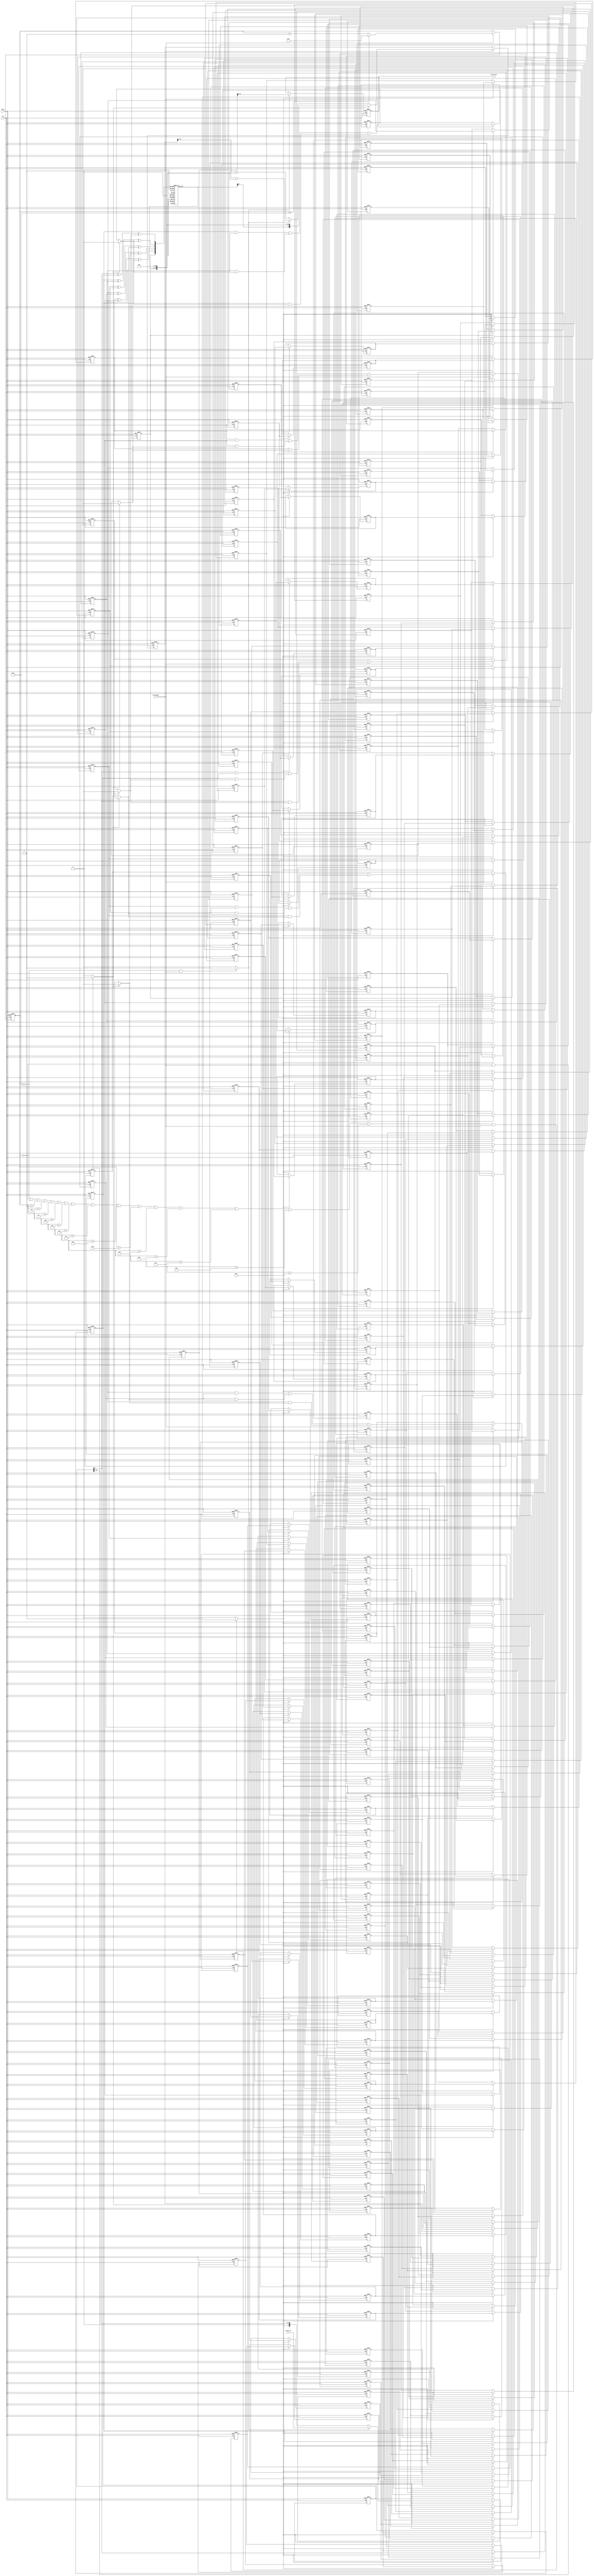
// -------------------------------------------------------------
//
// Module: o10
// Generated by MATLAB(R) 9.13 and Filter Design HDL Coder 3.1.12.
// Generated on: 2023-05-12 11:59:39
// -------------------------------------------------------------

// -------------------------------------------------------------
// HDL Code Generation Options:
//
// FIRAdderStyle: tree
// TargetDirectory: order10
// Name: o10
// DALUTPartition: 6
// TargetLanguage: Verilog
// TestBenchName: o10_tb
// TestBenchStimulus: impulse step ramp chirp noise 

// Filter Specifications:
//
// Sample Rate     : 200 kHz
// Response        : Lowpass
// Specification   : N,Fp,Fst,Ap
// Filter Order    : 10
// Passband Edge   : 50 kHz
// Stopband Edge   : 100 kHz
// Passband Ripple : 0.01 dB
// -------------------------------------------------------------

// -------------------------------------------------------------
// HDL Implementation    : Distributed arithmetic (DA)
// Folding Factor        : 17
// LUT Address Width     : 6
// Total LUT Size (bits) : 1088
// -------------------------------------------------------------
// Filter Settings:
//
// Discrete-Time FIR Filter (real)
// -------------------------------
// Filter Structure  : Direct-Form Symmetric FIR
// Filter Length     : 11
// Stable            : Yes
// Linear Phase      : Yes (Type 1)
// Arithmetic        : fixed
// Numerator         : s16,15 -> [-1 1)
// Input             : s16,15 -> [-1 1)
// Filter Internals  : Full Precision
//   Output          : s32,30 -> [-2 2)  (auto determined)
//   Tap Sum         : s17,15 -> [-2 2)  (auto determined)
//   Product         : s32,30 -> [-2 2)  (auto determined)
//   Accumulator     : s32,30 -> [-2 2)  (auto determined)
//   Round Mode      : No rounding
//   Overflow Mode   : No overflow
// -------------------------------------------------------------




`timescale 1 ns / 1 ns

module o10
               (
                clk,
                clk_enable,
                reset,
                filter_in,
                filter_out
                );

  input   clk; 
  input   clk_enable; 
  input   reset; 
  input   signed [15:0] filter_in; //sfix16_En15
  output  signed [31:0] filter_out; //sfix32_En30

////////////////////////////////////////////////////////////////
//Module Architecture: o10
////////////////////////////////////////////////////////////////
  // Local Functions
  // Type Definitions
  // Constants
  parameter signed [15:0] coeff1 = 16'b0000000010011100; //sfix16_En15
  parameter signed [15:0] coeff2 = 16'b1111110011110101; //sfix16_En15
  parameter signed [15:0] coeff3 = 16'b0000100001100000; //sfix16_En15
  parameter signed [15:0] coeff4 = 16'b1111000000000100; //sfix16_En15
  parameter signed [15:0] coeff5 = 16'b0001011100000111; //sfix16_En15
  parameter signed [15:0] coeff6 = 16'b0110011000010101; //sfix16_En15

  parameter const_zero = 1'b0; //ufix1
  // Signals
  wire signed [15:0] filter_in_cast; // sfix16_En15
  reg  [4:0] cur_count; // ufix5
  wire phase_16; // boolean
  wire phase_0; // boolean
  wire phase_16_1; // boolean
  wire serialoutb1; // ufix1
  reg  signed [15:0] shiftreg; // sfix16_En15
  reg  delay_pipeline [0:159] ; // boolean
  wire delayline_b15; // ufix1
  wire delayline_b31; // ufix1
  wire delayline_b47; // ufix1
  wire delayline_b63; // ufix1
  wire delayline_b79; // ufix1
  wire delayline_b95; // ufix1
  wire delayline_b111; // ufix1
  wire delayline_b127; // ufix1
  wire delayline_b143; // ufix1
  wire delayline_b159; // ufix1
  wire preaddbit1; // ufix1
  wire addcarry1; // ufix1
  wire carrymux1; // ufix1
  reg  carryreg1; // ufix1
  wire temp1; // ufix1
  wire temp2; // ufix1
  wire temp3; // ufix1
  wire preaddbit2; // ufix1
  wire addcarry2; // ufix1
  wire carrymux2; // ufix1
  reg  carryreg2; // ufix1
  wire temp1_1; // ufix1
  wire temp2_1; // ufix1
  wire temp3_1; // ufix1
  wire preaddbit3; // ufix1
  wire addcarry3; // ufix1
  wire carrymux3; // ufix1
  reg  carryreg3; // ufix1
  wire temp1_2; // ufix1
  wire temp2_2; // ufix1
  wire temp3_2; // ufix1
  wire preaddbit4; // ufix1
  wire addcarry4; // ufix1
  wire carrymux4; // ufix1
  reg  carryreg4; // ufix1
  wire temp1_3; // ufix1
  wire temp2_3; // ufix1
  wire temp3_3; // ufix1
  wire preaddbit5; // ufix1
  wire addcarry5; // ufix1
  wire carrymux5; // ufix1
  reg  carryreg5; // ufix1
  wire temp1_4; // ufix1
  wire temp2_4; // ufix1
  wire temp3_4; // ufix1
  wire [5:0] mem_addr; // ufix6
  reg  signed [16:0] memoutb1; // sfix17_En15
  reg  signed [33:0] acc_out; // sfix34_En31
  wire signed [33:0] memoutb1_cast; // sfix34_En31
  wire signed [33:0] add_sub_out; // sfix34_En31
  wire signed [33:0] acc_out_shft; // sfix34_En31
  wire signed [33:0] acc_in; // sfix34_En31
  wire signed [33:0] addsub_add; // sfix34_En31
  wire signed [33:0] addsub_sub; // sfix34_En31
  wire signed [33:0] add_signext; // sfix34_En31
  wire signed [33:0] add_signext_1; // sfix34_En31
  wire signed [34:0] add_temp; // sfix35_En31
  wire signed [33:0] sub_signext; // sfix34_En31
  wire signed [33:0] sub_signext_1; // sfix34_En31
  wire signed [34:0] sub_temp; // sfix35_En31
  reg  signed [33:0] final_acc_out; // sfix34_En31
  wire signed [33:0] output_da; // sfix34_En30
  wire signed [31:0] output_typeconvert; // sfix32_En30
  reg  signed [31:0] output_register; // sfix32_En30

  // Block Statements
  assign filter_in_cast = filter_in;

  always @ (posedge clk or posedge reset)
    begin: Counter_process
      if (reset == 1'b1) begin
        cur_count <= 5'b10000;
      end
      else begin
        if (clk_enable == 1'b1) begin
          if (cur_count >= 5'b10000) begin
            cur_count <= 5'b00000;
          end
          else begin
            cur_count <= cur_count + 5'b00001;
          end
        end
      end
    end // Counter_process

  assign  phase_16 = (cur_count == 5'b10000 && clk_enable == 1'b1) ? 1'b1 : 1'b0;

  assign  phase_0 = (cur_count == 5'b00000 && clk_enable == 1'b1) ? 1'b1 : 1'b0;

  assign phase_16_1 = (((cur_count == 5'b10000) ||
                        (cur_count == 5'b00000)  ||
                        (cur_count == 5'b00001)  ||
                        (cur_count == 5'b00010)  ||
                        (cur_count == 5'b00011)  ||
                        (cur_count == 5'b00100)  ||
                        (cur_count == 5'b00101)  ||
                        (cur_count == 5'b00110)  ||
                        (cur_count == 5'b00111)  ||
                        (cur_count == 5'b01000)  ||
                        (cur_count == 5'b01001)  ||
                        (cur_count == 5'b01010)  ||
                        (cur_count == 5'b01011)  ||
                        (cur_count == 5'b01100)  ||
                        (cur_count == 5'b01101)  ||
                        (cur_count == 5'b01110)) && clk_enable == 1'b1) ? 1'b1 : 1'b0;

  always @ (posedge clk or posedge reset)
    begin: Serializer_1_process
      if (reset == 1'b1) begin
        shiftreg <= 16'b0000000000000000;
      end
      else begin
        if (phase_16_1 == 1'b1) begin
          if (phase_16 == 1'b1) begin
            shiftreg <= filter_in_cast;
          end
          else begin
            shiftreg <= {1'b0, shiftreg[15 : 1]};
          end
        end
      end 
    end // Serializer_1_process;

  assign   serialoutb1=shiftreg[0];
 
  always @( posedge clk or posedge reset)
    begin: Delay_Pipeline_1_process
      if (reset == 1'b1) begin
        delay_pipeline[0] <= 1'b0;
        delay_pipeline[1] <= 1'b0;
        delay_pipeline[2] <= 1'b0;
        delay_pipeline[3] <= 1'b0;
        delay_pipeline[4] <= 1'b0;
        delay_pipeline[5] <= 1'b0;
        delay_pipeline[6] <= 1'b0;
        delay_pipeline[7] <= 1'b0;
        delay_pipeline[8] <= 1'b0;
        delay_pipeline[9] <= 1'b0;
        delay_pipeline[10] <= 1'b0;
        delay_pipeline[11] <= 1'b0;
        delay_pipeline[12] <= 1'b0;
        delay_pipeline[13] <= 1'b0;
        delay_pipeline[14] <= 1'b0;
        delay_pipeline[15] <= 1'b0;
        delay_pipeline[16] <= 1'b0;
        delay_pipeline[17] <= 1'b0;
        delay_pipeline[18] <= 1'b0;
        delay_pipeline[19] <= 1'b0;
        delay_pipeline[20] <= 1'b0;
        delay_pipeline[21] <= 1'b0;
        delay_pipeline[22] <= 1'b0;
        delay_pipeline[23] <= 1'b0;
        delay_pipeline[24] <= 1'b0;
        delay_pipeline[25] <= 1'b0;
        delay_pipeline[26] <= 1'b0;
        delay_pipeline[27] <= 1'b0;
        delay_pipeline[28] <= 1'b0;
        delay_pipeline[29] <= 1'b0;
        delay_pipeline[30] <= 1'b0;
        delay_pipeline[31] <= 1'b0;
        delay_pipeline[32] <= 1'b0;
        delay_pipeline[33] <= 1'b0;
        delay_pipeline[34] <= 1'b0;
        delay_pipeline[35] <= 1'b0;
        delay_pipeline[36] <= 1'b0;
        delay_pipeline[37] <= 1'b0;
        delay_pipeline[38] <= 1'b0;
        delay_pipeline[39] <= 1'b0;
        delay_pipeline[40] <= 1'b0;
        delay_pipeline[41] <= 1'b0;
        delay_pipeline[42] <= 1'b0;
        delay_pipeline[43] <= 1'b0;
        delay_pipeline[44] <= 1'b0;
        delay_pipeline[45] <= 1'b0;
        delay_pipeline[46] <= 1'b0;
        delay_pipeline[47] <= 1'b0;
        delay_pipeline[48] <= 1'b0;
        delay_pipeline[49] <= 1'b0;
        delay_pipeline[50] <= 1'b0;
        delay_pipeline[51] <= 1'b0;
        delay_pipeline[52] <= 1'b0;
        delay_pipeline[53] <= 1'b0;
        delay_pipeline[54] <= 1'b0;
        delay_pipeline[55] <= 1'b0;
        delay_pipeline[56] <= 1'b0;
        delay_pipeline[57] <= 1'b0;
        delay_pipeline[58] <= 1'b0;
        delay_pipeline[59] <= 1'b0;
        delay_pipeline[60] <= 1'b0;
        delay_pipeline[61] <= 1'b0;
        delay_pipeline[62] <= 1'b0;
        delay_pipeline[63] <= 1'b0;
        delay_pipeline[64] <= 1'b0;
        delay_pipeline[65] <= 1'b0;
        delay_pipeline[66] <= 1'b0;
        delay_pipeline[67] <= 1'b0;
        delay_pipeline[68] <= 1'b0;
        delay_pipeline[69] <= 1'b0;
        delay_pipeline[70] <= 1'b0;
        delay_pipeline[71] <= 1'b0;
        delay_pipeline[72] <= 1'b0;
        delay_pipeline[73] <= 1'b0;
        delay_pipeline[74] <= 1'b0;
        delay_pipeline[75] <= 1'b0;
        delay_pipeline[76] <= 1'b0;
        delay_pipeline[77] <= 1'b0;
        delay_pipeline[78] <= 1'b0;
        delay_pipeline[79] <= 1'b0;
        delay_pipeline[80] <= 1'b0;
        delay_pipeline[81] <= 1'b0;
        delay_pipeline[82] <= 1'b0;
        delay_pipeline[83] <= 1'b0;
        delay_pipeline[84] <= 1'b0;
        delay_pipeline[85] <= 1'b0;
        delay_pipeline[86] <= 1'b0;
        delay_pipeline[87] <= 1'b0;
        delay_pipeline[88] <= 1'b0;
        delay_pipeline[89] <= 1'b0;
        delay_pipeline[90] <= 1'b0;
        delay_pipeline[91] <= 1'b0;
        delay_pipeline[92] <= 1'b0;
        delay_pipeline[93] <= 1'b0;
        delay_pipeline[94] <= 1'b0;
        delay_pipeline[95] <= 1'b0;
        delay_pipeline[96] <= 1'b0;
        delay_pipeline[97] <= 1'b0;
        delay_pipeline[98] <= 1'b0;
        delay_pipeline[99] <= 1'b0;
        delay_pipeline[100] <= 1'b0;
        delay_pipeline[101] <= 1'b0;
        delay_pipeline[102] <= 1'b0;
        delay_pipeline[103] <= 1'b0;
        delay_pipeline[104] <= 1'b0;
        delay_pipeline[105] <= 1'b0;
        delay_pipeline[106] <= 1'b0;
        delay_pipeline[107] <= 1'b0;
        delay_pipeline[108] <= 1'b0;
        delay_pipeline[109] <= 1'b0;
        delay_pipeline[110] <= 1'b0;
        delay_pipeline[111] <= 1'b0;
        delay_pipeline[112] <= 1'b0;
        delay_pipeline[113] <= 1'b0;
        delay_pipeline[114] <= 1'b0;
        delay_pipeline[115] <= 1'b0;
        delay_pipeline[116] <= 1'b0;
        delay_pipeline[117] <= 1'b0;
        delay_pipeline[118] <= 1'b0;
        delay_pipeline[119] <= 1'b0;
        delay_pipeline[120] <= 1'b0;
        delay_pipeline[121] <= 1'b0;
        delay_pipeline[122] <= 1'b0;
        delay_pipeline[123] <= 1'b0;
        delay_pipeline[124] <= 1'b0;
        delay_pipeline[125] <= 1'b0;
        delay_pipeline[126] <= 1'b0;
        delay_pipeline[127] <= 1'b0;
        delay_pipeline[128] <= 1'b0;
        delay_pipeline[129] <= 1'b0;
        delay_pipeline[130] <= 1'b0;
        delay_pipeline[131] <= 1'b0;
        delay_pipeline[132] <= 1'b0;
        delay_pipeline[133] <= 1'b0;
        delay_pipeline[134] <= 1'b0;
        delay_pipeline[135] <= 1'b0;
        delay_pipeline[136] <= 1'b0;
        delay_pipeline[137] <= 1'b0;
        delay_pipeline[138] <= 1'b0;
        delay_pipeline[139] <= 1'b0;
        delay_pipeline[140] <= 1'b0;
        delay_pipeline[141] <= 1'b0;
        delay_pipeline[142] <= 1'b0;
        delay_pipeline[143] <= 1'b0;
        delay_pipeline[144] <= 1'b0;
        delay_pipeline[145] <= 1'b0;
        delay_pipeline[146] <= 1'b0;
        delay_pipeline[147] <= 1'b0;
        delay_pipeline[148] <= 1'b0;
        delay_pipeline[149] <= 1'b0;
        delay_pipeline[150] <= 1'b0;
        delay_pipeline[151] <= 1'b0;
        delay_pipeline[152] <= 1'b0;
        delay_pipeline[153] <= 1'b0;
        delay_pipeline[154] <= 1'b0;
        delay_pipeline[155] <= 1'b0;
        delay_pipeline[156] <= 1'b0;
        delay_pipeline[157] <= 1'b0;
        delay_pipeline[158] <= 1'b0;
        delay_pipeline[159] <= 1'b0;
      end
      else begin
        if (phase_16_1 == 1'b1) begin
          delay_pipeline[0] <= serialoutb1;
          delay_pipeline[1] <= delay_pipeline[0];
          delay_pipeline[2] <= delay_pipeline[1];
          delay_pipeline[3] <= delay_pipeline[2];
          delay_pipeline[4] <= delay_pipeline[3];
          delay_pipeline[5] <= delay_pipeline[4];
          delay_pipeline[6] <= delay_pipeline[5];
          delay_pipeline[7] <= delay_pipeline[6];
          delay_pipeline[8] <= delay_pipeline[7];
          delay_pipeline[9] <= delay_pipeline[8];
          delay_pipeline[10] <= delay_pipeline[9];
          delay_pipeline[11] <= delay_pipeline[10];
          delay_pipeline[12] <= delay_pipeline[11];
          delay_pipeline[13] <= delay_pipeline[12];
          delay_pipeline[14] <= delay_pipeline[13];
          delay_pipeline[15] <= delay_pipeline[14];
          delay_pipeline[16] <= delay_pipeline[15];
          delay_pipeline[17] <= delay_pipeline[16];
          delay_pipeline[18] <= delay_pipeline[17];
          delay_pipeline[19] <= delay_pipeline[18];
          delay_pipeline[20] <= delay_pipeline[19];
          delay_pipeline[21] <= delay_pipeline[20];
          delay_pipeline[22] <= delay_pipeline[21];
          delay_pipeline[23] <= delay_pipeline[22];
          delay_pipeline[24] <= delay_pipeline[23];
          delay_pipeline[25] <= delay_pipeline[24];
          delay_pipeline[26] <= delay_pipeline[25];
          delay_pipeline[27] <= delay_pipeline[26];
          delay_pipeline[28] <= delay_pipeline[27];
          delay_pipeline[29] <= delay_pipeline[28];
          delay_pipeline[30] <= delay_pipeline[29];
          delay_pipeline[31] <= delay_pipeline[30];
          delay_pipeline[32] <= delay_pipeline[31];
          delay_pipeline[33] <= delay_pipeline[32];
          delay_pipeline[34] <= delay_pipeline[33];
          delay_pipeline[35] <= delay_pipeline[34];
          delay_pipeline[36] <= delay_pipeline[35];
          delay_pipeline[37] <= delay_pipeline[36];
          delay_pipeline[38] <= delay_pipeline[37];
          delay_pipeline[39] <= delay_pipeline[38];
          delay_pipeline[40] <= delay_pipeline[39];
          delay_pipeline[41] <= delay_pipeline[40];
          delay_pipeline[42] <= delay_pipeline[41];
          delay_pipeline[43] <= delay_pipeline[42];
          delay_pipeline[44] <= delay_pipeline[43];
          delay_pipeline[45] <= delay_pipeline[44];
          delay_pipeline[46] <= delay_pipeline[45];
          delay_pipeline[47] <= delay_pipeline[46];
          delay_pipeline[48] <= delay_pipeline[47];
          delay_pipeline[49] <= delay_pipeline[48];
          delay_pipeline[50] <= delay_pipeline[49];
          delay_pipeline[51] <= delay_pipeline[50];
          delay_pipeline[52] <= delay_pipeline[51];
          delay_pipeline[53] <= delay_pipeline[52];
          delay_pipeline[54] <= delay_pipeline[53];
          delay_pipeline[55] <= delay_pipeline[54];
          delay_pipeline[56] <= delay_pipeline[55];
          delay_pipeline[57] <= delay_pipeline[56];
          delay_pipeline[58] <= delay_pipeline[57];
          delay_pipeline[59] <= delay_pipeline[58];
          delay_pipeline[60] <= delay_pipeline[59];
          delay_pipeline[61] <= delay_pipeline[60];
          delay_pipeline[62] <= delay_pipeline[61];
          delay_pipeline[63] <= delay_pipeline[62];
          delay_pipeline[64] <= delay_pipeline[63];
          delay_pipeline[65] <= delay_pipeline[64];
          delay_pipeline[66] <= delay_pipeline[65];
          delay_pipeline[67] <= delay_pipeline[66];
          delay_pipeline[68] <= delay_pipeline[67];
          delay_pipeline[69] <= delay_pipeline[68];
          delay_pipeline[70] <= delay_pipeline[69];
          delay_pipeline[71] <= delay_pipeline[70];
          delay_pipeline[72] <= delay_pipeline[71];
          delay_pipeline[73] <= delay_pipeline[72];
          delay_pipeline[74] <= delay_pipeline[73];
          delay_pipeline[75] <= delay_pipeline[74];
          delay_pipeline[76] <= delay_pipeline[75];
          delay_pipeline[77] <= delay_pipeline[76];
          delay_pipeline[78] <= delay_pipeline[77];
          delay_pipeline[79] <= delay_pipeline[78];
          delay_pipeline[80] <= delay_pipeline[79];
          delay_pipeline[81] <= delay_pipeline[80];
          delay_pipeline[82] <= delay_pipeline[81];
          delay_pipeline[83] <= delay_pipeline[82];
          delay_pipeline[84] <= delay_pipeline[83];
          delay_pipeline[85] <= delay_pipeline[84];
          delay_pipeline[86] <= delay_pipeline[85];
          delay_pipeline[87] <= delay_pipeline[86];
          delay_pipeline[88] <= delay_pipeline[87];
          delay_pipeline[89] <= delay_pipeline[88];
          delay_pipeline[90] <= delay_pipeline[89];
          delay_pipeline[91] <= delay_pipeline[90];
          delay_pipeline[92] <= delay_pipeline[91];
          delay_pipeline[93] <= delay_pipeline[92];
          delay_pipeline[94] <= delay_pipeline[93];
          delay_pipeline[95] <= delay_pipeline[94];
          delay_pipeline[96] <= delay_pipeline[95];
          delay_pipeline[97] <= delay_pipeline[96];
          delay_pipeline[98] <= delay_pipeline[97];
          delay_pipeline[99] <= delay_pipeline[98];
          delay_pipeline[100] <= delay_pipeline[99];
          delay_pipeline[101] <= delay_pipeline[100];
          delay_pipeline[102] <= delay_pipeline[101];
          delay_pipeline[103] <= delay_pipeline[102];
          delay_pipeline[104] <= delay_pipeline[103];
          delay_pipeline[105] <= delay_pipeline[104];
          delay_pipeline[106] <= delay_pipeline[105];
          delay_pipeline[107] <= delay_pipeline[106];
          delay_pipeline[108] <= delay_pipeline[107];
          delay_pipeline[109] <= delay_pipeline[108];
          delay_pipeline[110] <= delay_pipeline[109];
          delay_pipeline[111] <= delay_pipeline[110];
          delay_pipeline[112] <= delay_pipeline[111];
          delay_pipeline[113] <= delay_pipeline[112];
          delay_pipeline[114] <= delay_pipeline[113];
          delay_pipeline[115] <= delay_pipeline[114];
          delay_pipeline[116] <= delay_pipeline[115];
          delay_pipeline[117] <= delay_pipeline[116];
          delay_pipeline[118] <= delay_pipeline[117];
          delay_pipeline[119] <= delay_pipeline[118];
          delay_pipeline[120] <= delay_pipeline[119];
          delay_pipeline[121] <= delay_pipeline[120];
          delay_pipeline[122] <= delay_pipeline[121];
          delay_pipeline[123] <= delay_pipeline[122];
          delay_pipeline[124] <= delay_pipeline[123];
          delay_pipeline[125] <= delay_pipeline[124];
          delay_pipeline[126] <= delay_pipeline[125];
          delay_pipeline[127] <= delay_pipeline[126];
          delay_pipeline[128] <= delay_pipeline[127];
          delay_pipeline[129] <= delay_pipeline[128];
          delay_pipeline[130] <= delay_pipeline[129];
          delay_pipeline[131] <= delay_pipeline[130];
          delay_pipeline[132] <= delay_pipeline[131];
          delay_pipeline[133] <= delay_pipeline[132];
          delay_pipeline[134] <= delay_pipeline[133];
          delay_pipeline[135] <= delay_pipeline[134];
          delay_pipeline[136] <= delay_pipeline[135];
          delay_pipeline[137] <= delay_pipeline[136];
          delay_pipeline[138] <= delay_pipeline[137];
          delay_pipeline[139] <= delay_pipeline[138];
          delay_pipeline[140] <= delay_pipeline[139];
          delay_pipeline[141] <= delay_pipeline[140];
          delay_pipeline[142] <= delay_pipeline[141];
          delay_pipeline[143] <= delay_pipeline[142];
          delay_pipeline[144] <= delay_pipeline[143];
          delay_pipeline[145] <= delay_pipeline[144];
          delay_pipeline[146] <= delay_pipeline[145];
          delay_pipeline[147] <= delay_pipeline[146];
          delay_pipeline[148] <= delay_pipeline[147];
          delay_pipeline[149] <= delay_pipeline[148];
          delay_pipeline[150] <= delay_pipeline[149];
          delay_pipeline[151] <= delay_pipeline[150];
          delay_pipeline[152] <= delay_pipeline[151];
          delay_pipeline[153] <= delay_pipeline[152];
          delay_pipeline[154] <= delay_pipeline[153];
          delay_pipeline[155] <= delay_pipeline[154];
          delay_pipeline[156] <= delay_pipeline[155];
          delay_pipeline[157] <= delay_pipeline[156];
          delay_pipeline[158] <= delay_pipeline[157];
          delay_pipeline[159] <= delay_pipeline[158];
        end
      end
    end // Delay_Pipeline_1_process


  assign delayline_b15 = {delay_pipeline[15]};

  assign delayline_b31 = {delay_pipeline[31]};

  assign delayline_b47 = {delay_pipeline[47]};

  assign delayline_b63 = {delay_pipeline[63]};

  assign delayline_b79 = {delay_pipeline[79]};

  assign delayline_b95 = {delay_pipeline[95]};

  assign delayline_b111 = {delay_pipeline[111]};

  assign delayline_b127 = {delay_pipeline[127]};

  assign delayline_b143 = {delay_pipeline[143]};

  assign delayline_b159 = {delay_pipeline[159]};

  assign preaddbit1 =  serialoutb1 ^ delayline_b159 ^ carrymux1;

  assign temp1 =  serialoutb1 & delayline_b159;

  assign temp2 =  delayline_b159 & carrymux1;

  assign temp3 =  serialoutb1 & carrymux1;

  assign addcarry1 =  temp1 | temp2 | temp3;

  assign carrymux1 = (phase_0 == 1'b1) ? const_zero :
               carryreg1;
  always @ (posedge clk or posedge reset)
    begin: Carry_reg1_process
      if (reset == 1'b1) begin
        carryreg1 <= 1'b0;
      end
      else begin
        if (clk_enable == 1'b1) begin
          carryreg1 <= addcarry1;
        end
      end
    end // Carry_reg1_process

  assign preaddbit2 =  delayline_b15 ^ delayline_b143 ^ carrymux2;

  assign temp1_1 =  delayline_b15 & delayline_b143;

  assign temp2_1 =  delayline_b143 & carrymux2;

  assign temp3_1 =  delayline_b15 & carrymux2;

  assign addcarry2 =  temp1_1 | temp2_1 | temp3_1;

  assign carrymux2 = (phase_0 == 1'b1) ? const_zero :
               carryreg2;
  always @ (posedge clk or posedge reset)
    begin: Carry_reg2_process
      if (reset == 1'b1) begin
        carryreg2 <= 1'b0;
      end
      else begin
        if (clk_enable == 1'b1) begin
          carryreg2 <= addcarry2;
        end
      end
    end // Carry_reg2_process

  assign preaddbit3 =  delayline_b31 ^ delayline_b127 ^ carrymux3;

  assign temp1_2 =  delayline_b31 & delayline_b127;

  assign temp2_2 =  delayline_b127 & carrymux3;

  assign temp3_2 =  delayline_b31 & carrymux3;

  assign addcarry3 =  temp1_2 | temp2_2 | temp3_2;

  assign carrymux3 = (phase_0 == 1'b1) ? const_zero :
               carryreg3;
  always @ (posedge clk or posedge reset)
    begin: Carry_reg3_process
      if (reset == 1'b1) begin
        carryreg3 <= 1'b0;
      end
      else begin
        if (clk_enable == 1'b1) begin
          carryreg3 <= addcarry3;
        end
      end
    end // Carry_reg3_process

  assign preaddbit4 =  delayline_b47 ^ delayline_b111 ^ carrymux4;

  assign temp1_3 =  delayline_b47 & delayline_b111;

  assign temp2_3 =  delayline_b111 & carrymux4;

  assign temp3_3 =  delayline_b47 & carrymux4;

  assign addcarry4 =  temp1_3 | temp2_3 | temp3_3;

  assign carrymux4 = (phase_0 == 1'b1) ? const_zero :
               carryreg4;
  always @ (posedge clk or posedge reset)
    begin: Carry_reg4_process
      if (reset == 1'b1) begin
        carryreg4 <= 1'b0;
      end
      else begin
        if (clk_enable == 1'b1) begin
          carryreg4 <= addcarry4;
        end
      end
    end // Carry_reg4_process

  assign preaddbit5 =  delayline_b63 ^ delayline_b95 ^ carrymux5;

  assign temp1_4 =  delayline_b63 & delayline_b95;

  assign temp2_4 =  delayline_b95 & carrymux5;

  assign temp3_4 =  delayline_b63 & carrymux5;

  assign addcarry5 =  temp1_4 | temp2_4 | temp3_4;

  assign carrymux5 = (phase_0 == 1'b1) ? const_zero :
               carryreg5;
  always @ (posedge clk or posedge reset)
    begin: Carry_reg5_process
      if (reset == 1'b1) begin
        carryreg5 <= 1'b0;
      end
      else begin
        if (clk_enable == 1'b1) begin
          carryreg5 <= addcarry5;
        end
      end
    end // Carry_reg5_process

  assign mem_addr = {delayline_b79, preaddbit5, preaddbit4, preaddbit3, preaddbit2, preaddbit1};

  always @(mem_addr)
  begin
    case(mem_addr)
      6'b000000 : memoutb1 = 17'b00000000000000000;
      6'b000001 : memoutb1 = 17'b00000000010011100;
      6'b000010 : memoutb1 = 17'b11111110011110101;
      6'b000011 : memoutb1 = 17'b11111110110010001;
      6'b000100 : memoutb1 = 17'b00000100001100000;
      6'b000101 : memoutb1 = 17'b00000100011111100;
      6'b000110 : memoutb1 = 17'b00000010101010101;
      6'b000111 : memoutb1 = 17'b00000010111110001;
      6'b001000 : memoutb1 = 17'b11111000000000100;
      6'b001001 : memoutb1 = 17'b11111000010100000;
      6'b001010 : memoutb1 = 17'b11110110011111001;
      6'b001011 : memoutb1 = 17'b11110110110010101;
      6'b001100 : memoutb1 = 17'b11111100001100100;
      6'b001101 : memoutb1 = 17'b11111100100000000;
      6'b001110 : memoutb1 = 17'b11111010101011001;
      6'b001111 : memoutb1 = 17'b11111010111110101;
      6'b010000 : memoutb1 = 17'b00001011100000111;
      6'b010001 : memoutb1 = 17'b00001011110100011;
      6'b010010 : memoutb1 = 17'b00001001111111100;
      6'b010011 : memoutb1 = 17'b00001010010011000;
      6'b010100 : memoutb1 = 17'b00001111101100111;
      6'b010101 : memoutb1 = 17'b00010000000000011;
      6'b010110 : memoutb1 = 17'b00001110001011100;
      6'b010111 : memoutb1 = 17'b00001110011111000;
      6'b011000 : memoutb1 = 17'b00000011100001011;
      6'b011001 : memoutb1 = 17'b00000011110100111;
      6'b011010 : memoutb1 = 17'b00000010000000000;
      6'b011011 : memoutb1 = 17'b00000010010011100;
      6'b011100 : memoutb1 = 17'b00000111101101011;
      6'b011101 : memoutb1 = 17'b00001000000000111;
      6'b011110 : memoutb1 = 17'b00000110001100000;
      6'b011111 : memoutb1 = 17'b00000110011111100;
      6'b100000 : memoutb1 = 17'b00110011000010101;
      6'b100001 : memoutb1 = 17'b00110011010110001;
      6'b100010 : memoutb1 = 17'b00110001100001010;
      6'b100011 : memoutb1 = 17'b00110001110100110;
      6'b100100 : memoutb1 = 17'b00110111001110101;
      6'b100101 : memoutb1 = 17'b00110111100010001;
      6'b100110 : memoutb1 = 17'b00110101101101010;
      6'b100111 : memoutb1 = 17'b00110110000000110;
      6'b101000 : memoutb1 = 17'b00101011000011001;
      6'b101001 : memoutb1 = 17'b00101011010110101;
      6'b101010 : memoutb1 = 17'b00101001100001110;
      6'b101011 : memoutb1 = 17'b00101001110101010;
      6'b101100 : memoutb1 = 17'b00101111001111001;
      6'b101101 : memoutb1 = 17'b00101111100010101;
      6'b101110 : memoutb1 = 17'b00101101101101110;
      6'b101111 : memoutb1 = 17'b00101110000001010;
      6'b110000 : memoutb1 = 17'b00111110100011100;
      6'b110001 : memoutb1 = 17'b00111110110111000;
      6'b110010 : memoutb1 = 17'b00111101000010001;
      6'b110011 : memoutb1 = 17'b00111101010101101;
      6'b110100 : memoutb1 = 17'b01000010101111100;
      6'b110101 : memoutb1 = 17'b01000011000011000;
      6'b110110 : memoutb1 = 17'b01000001001110001;
      6'b110111 : memoutb1 = 17'b01000001100001101;
      6'b111000 : memoutb1 = 17'b00110110100100000;
      6'b111001 : memoutb1 = 17'b00110110110111100;
      6'b111010 : memoutb1 = 17'b00110101000010101;
      6'b111011 : memoutb1 = 17'b00110101010110001;
      6'b111100 : memoutb1 = 17'b00111010110000000;
      6'b111101 : memoutb1 = 17'b00111011000011100;
      6'b111110 : memoutb1 = 17'b00111001001110101;
      6'b111111 : memoutb1 = 17'b00111001100010001;
      default : memoutb1 = 17'b00111001100010001;
    endcase
  end

  //  Shift and add the LUT results to compute the scaled accumulated sum

  assign memoutb1_cast = $signed({memoutb1[16:0], 16'b0000000000000000});

  assign acc_out_shft = $signed({{1{acc_out[33]}}, acc_out[33:1]});

  assign add_signext = acc_out_shft;
  assign add_signext_1 = memoutb1_cast;
  assign add_temp = add_signext + add_signext_1;
  assign addsub_add = add_temp[33:0];

  assign sub_signext = acc_out_shft;
  assign sub_signext_1 = memoutb1_cast;
  assign sub_temp = sub_signext - sub_signext_1;
  assign addsub_sub = sub_temp[33:0];

  assign add_sub_out = (phase_16 == 1'b1) ? addsub_sub :
                      addsub_add;

  assign acc_in = (phase_0 == 1'b1) ? memoutb1_cast :
            add_sub_out;

  always @ (posedge clk or posedge reset)
    begin: Acc_reg_process
      if (reset == 1'b1) begin
        acc_out <= 0;
      end
      else begin
        if (clk_enable == 1'b1) begin
          acc_out <= acc_in;
        end
      end
    end // Acc_reg_process

  always @ (posedge clk or posedge reset)
    begin: Finalsum_reg_process
      if (reset == 1'b1) begin
        final_acc_out <= 0;
      end
      else begin
        if (phase_0 == 1'b1) begin
          final_acc_out <= acc_out;
        end
      end
    end // Finalsum_reg_process

  assign output_da = final_acc_out;

  assign output_typeconvert = output_da[31:0];

  always @ (posedge clk or posedge reset)
    begin: Output_Register_process
      if (reset == 1'b1) begin
        output_register <= 0;
      end
      else begin
        if (phase_16 == 1'b1) begin
          output_register <= output_typeconvert;
        end
      end
    end // Output_Register_process

  // Assignment Statements
  assign filter_out = output_register;
endmodule  // o10